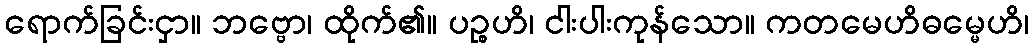
ရောက်ခြင်းငှာ။ ဘဗ္ဗော၊ ထိုက်၏။ ပဉ္စဟိ၊ ငါးပါးကုန်သော။ ကတမေဟိဓမ္မေဟိ၊